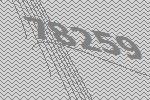
78259